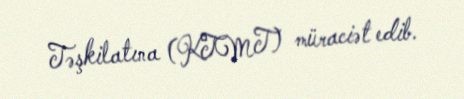
Təşkilatına (KTMT) müraciət edib.